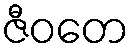
ဇီဝတေ